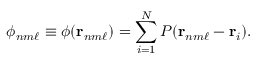
\phi _ { n m \ell } \equiv \phi ( \mathbf { r } _ { n m \ell } ) = \sum _ { i = 1 } ^ { N } P ( \mathbf { r } _ { n m \ell } - \mathbf { r } _ { i } ) .